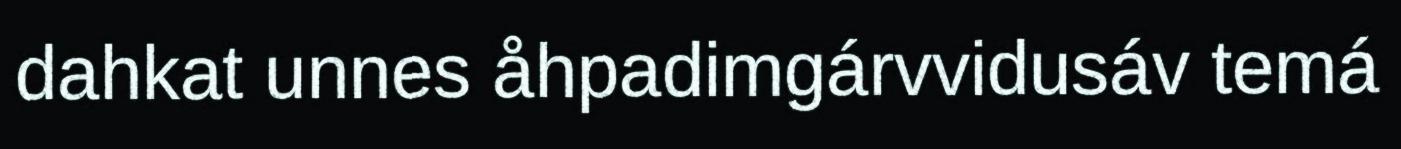
dahkat unnes åhpadimgárvvidusáv temá